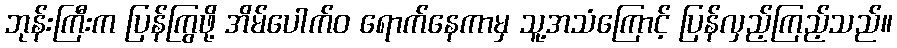
ဘုန်းကြီးက ပြန်ကြွဖို့ အိမ်ပေါက်ဝ ရောက်နေကာမှ သူ့အသံကြောင့် ပြန်လှည့်ကြည့်သည်။